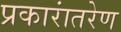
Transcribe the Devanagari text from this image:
प्रकारांतरेण